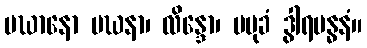
ပဃာနော ပဃနာ၊ လိန္ဒော၊ ပမုခံ ဒွါရဗန္ဓနံ။